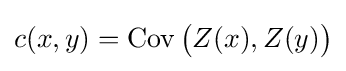
c(x,y)=\operatorname {Cov} {\big (}Z(x),Z(y){\big )}